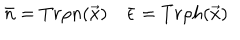
LaTeX: \bar { n } = T r \rho n ( \vec { x } ) \quad \bar { \epsilon } = T r \rho h ( \vec { x } )